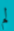
لم